Annual statistical returns and brief notes on vaccination in Bengal - 1909-1929
Year: 1909
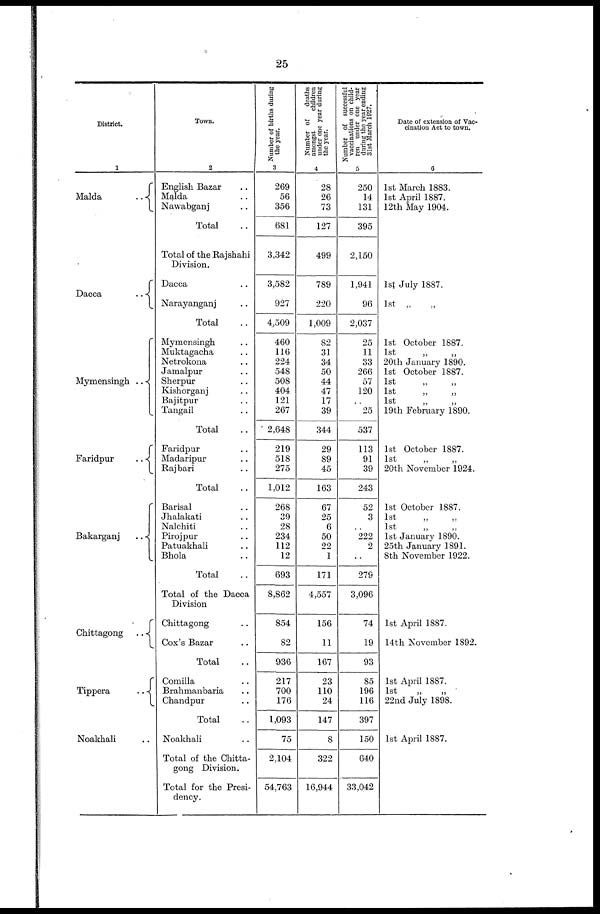
25
District.
1
Malda
..
Dacca
..
Mymensingh ..
Faridpur
..
Bakarganj
..
Chittagong ..
Tippera
..
Noakhali ..
Town.
2
English Bazar ..
Malda ..
Nawabganj ..
Total ..
Total of the Rajshahi
Division.
Dacca ..
Narayanganj ..
Total ..
Mymensingh ..
Muktagacha ..
Netrokona ..
Jamalpur ..
Sherpur ..
Kishorganj ..
Bajitpur ..
Tangail ..
Total
Faridpur ..
Madaripur ..
Rajbari ..
Total ..
Barisal ..
Jhalakati ..
Nalchiti ..
Pirojpur ..
Patuakhali ..
Bhola ..
Total
Total of the Dacca
Division
Chittagong ..
Cox's Bazar ..
Total ..
Comilla ..
Brahmanbaria ..
Chandpur ..
Total ..
Noakhali ..
Total of the Chitta-
gong Division.
Total for the Presi-
dency.
Nu mb e r of bi r t hs during
the year.
3
269
56
356
681
3,342
3,582
927
4,509
460
116
224
548
508
404
121
267
2,648
219
518
275
1,012
268
39
28
234
112
12
693
8,862
854
82
936
217
700
176
1,093
75
2,104
54,763
Nu mb e r of deat hs
amongst children
under one year dur i
ng
the year .
4
28
26
73
127
499
789
220
1,009
82
31
34
50
44
47
17
39
344
29
89
45
163
67
25
6
50
22
1
171
4,557
156
11
167
23
110
24
147
8
322
16,944
Nu mb e r of successful
vaccinations on child-
ren under one year
dur i ng the year ending
31st Ma r
c h 1927.
5
250
14
131
395
2,150
1,941
96
2,037
25
11
33
266
57
120
..
25
537
113
91
39
243
52
3
..
222
2
..
279
3,096
74
19
93
85
196
116
397
150
640
33,042
Date of extension of Vac-
cination Act to town.
6
1st March 1883.
1st April 1887.
12th May 1904.
1st July 1887.
1st „ „
1st October 1887.
1st
„
„
20th January 1890.
1st October 1887.
1st
„
„
1st
„
„
1st
„
„
19th February 1890.
1st October 1887.
1st
„
„
20th November 1924.
1st October 1887.
1st
„
„
1st
„
„
1st January 1890.
25th January 1891.
8th November 1922.
1st April 1887.
14th November 1892.
1st April 1887.
1st
„
„
22nd July 1898.
1st April 1887.